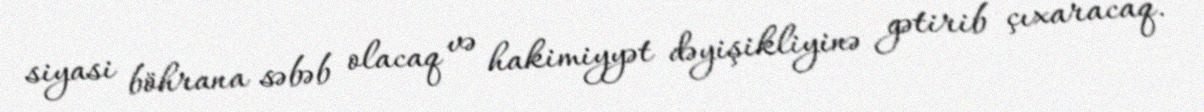
siyasi böhrana səbəb olacaq və hakimiyyət dəyişikliyinə gətirib çıxaracaq.